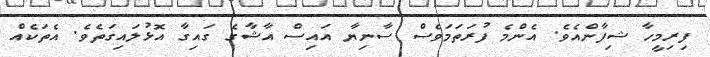
ފިރިމީހާ ޝިފާންއެވެ. އެންމެ ފުރަތަމަވެސް ސާނިޔާ އައިސް އާޝާގެ ގައިގާ އޮޅުލައިގަތެވެ. އެތަކެއް